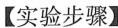
【实验步骤】